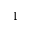
1